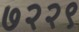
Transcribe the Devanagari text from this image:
७२२९